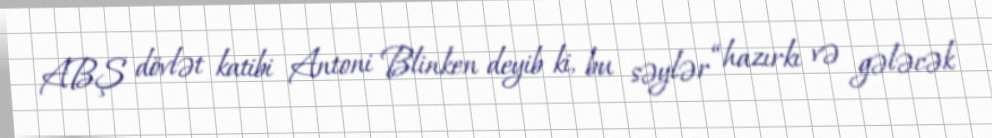
ABŞ dövlət katibi Antoni Blinken deyib ki, bu səylər “hazırkı və gələcək